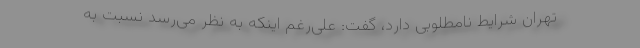
تهران شرایط نامطلوبی دارد، گفت: علی‌رغم اینکه به نظر می‌رسد نسبت به